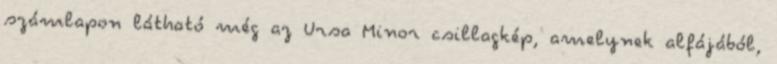
számlapon látható még az Ursa Minor csillagkép, amelynek alfájából,